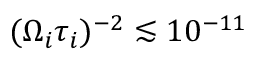
( \Omega _ { i } \tau _ { i } ) ^ { - 2 } \lesssim 1 0 ^ { - 1 1 }